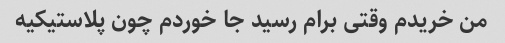
من خریدم وقتی برام رسید جا خوردم چون پلاستیکیه